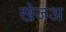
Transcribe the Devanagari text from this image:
खेजअ